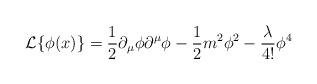
LaTeX: \begin{align*}{\cal L}\{\phi(x)\}=\frac{1}{2}\partial_{\mu}\phi\partial^{\mu}\phi-\frac{1}{2}m^2\phi^2-\frac{\lambda}{4!}\phi^4\end{align*}